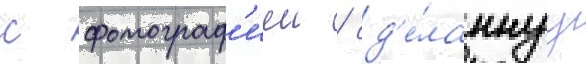
с фотограф'иеи / сд'е́ланнуу